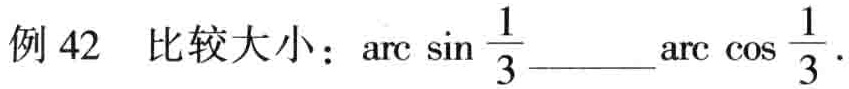
例 42  比较大小：$\arcsin\frac{1}{3}$______$\arccos\frac{1}{3}$.